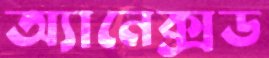
অ্যানেক্সড